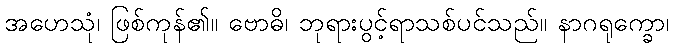
အဟေသုံ၊ ဖြစ်ကုန်၏။ ဗောဓိ၊ ဘုရားပွင့်ရာသစ်ပင်သည်။ နာဂရုက္ခော၊